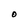
Character: O